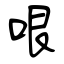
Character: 哏